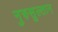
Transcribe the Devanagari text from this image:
नुरुसुल्तान